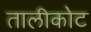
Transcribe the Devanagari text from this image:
तालीकोट